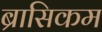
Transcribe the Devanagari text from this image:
ब्रासिकम